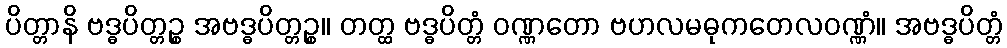
ပိတ္တာနိ ဗဒ္ဓပိတ္တဉ္စ အဗဒ္ဓပိတ္တဉ္စ။ တတ္ထ ဗဒ္ဓပိတ္တံ ဝဏ္ဏတော ဗဟလမဓုကတေလဝဏ္ဏံ။ အဗဒ္ဓပိတ္တံ